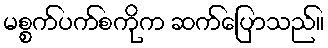
မစ္စက်ပက်စကိုက ဆက်ပြောသည်။